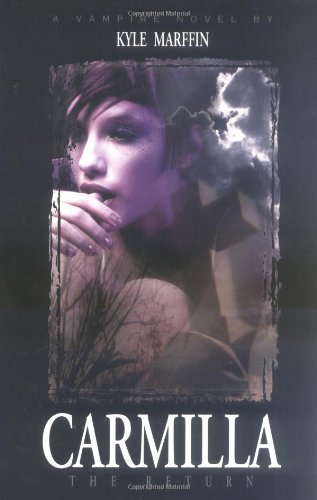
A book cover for Carmilla : The Return; Kyle Marffin; Romance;